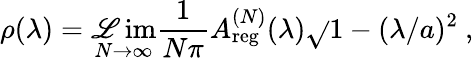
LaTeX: \rho(\lambda)=\operatorname*{\mathscr{L}im}_{N\to\infty}\frac{{1}}{{N\pi}}A_{\mathrm{{reg}}}^{(N)}(\lambda)\sqrt{}{{1-(\lambda/a)^{2}}}\ ,